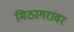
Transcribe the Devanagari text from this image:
मिठागरांवर